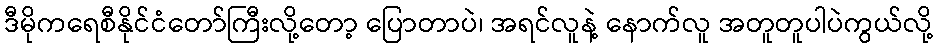
ဒီမိုကရေစီနိုင်ငံတော်ကြီးလို့တော့ ပြောတာပဲ၊ အရင်လူနဲ့ နောက်လူ အတူတူပါပဲကွယ်လို့